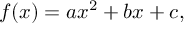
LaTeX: f ( x ) = a x ^ { 2 } + b x + c ,